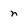
Character: n